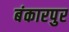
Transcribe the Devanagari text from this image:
बंकारपुर